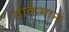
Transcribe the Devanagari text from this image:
तोर्कमान